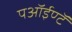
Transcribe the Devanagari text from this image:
पऑईण्टॅ